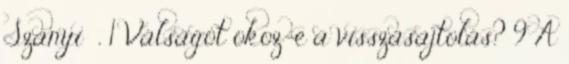
Szanyi , 1 Válságot okoz-e a visszasajtolás? 9 A